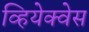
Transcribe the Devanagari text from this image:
व्हियेक्वेस